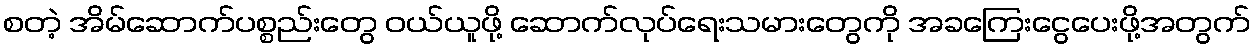
စတဲ့ အိမ်ဆောက်ပစ္စည်းတွေ ဝယ်ယူဖို့ ဆောက်လုပ်ရေးသမားတွေကို အခကြေးငွေပေးဖို့အတွက်